Vital statistics of India. Vol. VI, European troops 1870-79
Year: 1870
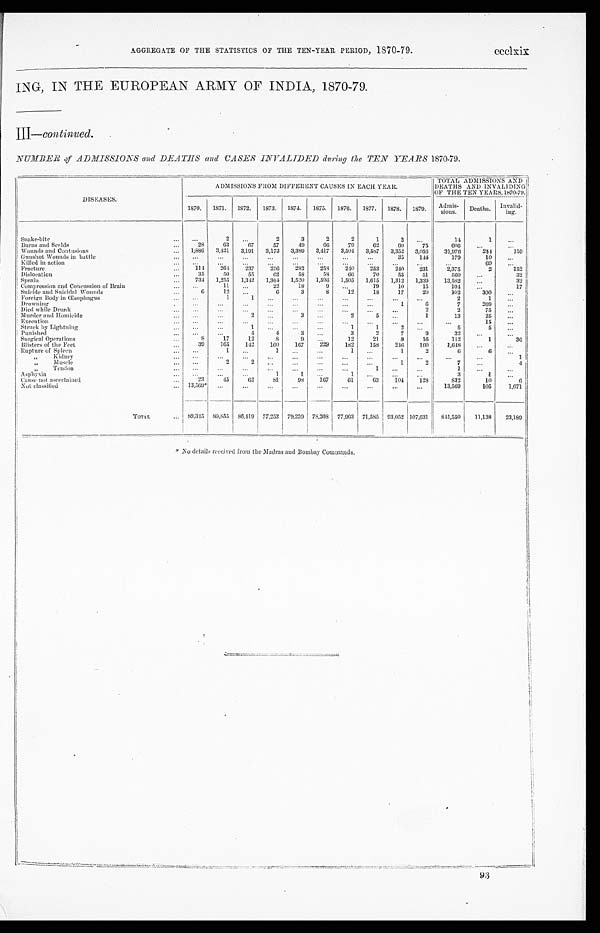
AGGREGATE OF THE STATISTICS OF THE TEN-YEAR PERIOD, 1870-79.
ccclxix
ING, IN THE EUROPEAN ARMY OF INDIA, 1870-79.
III— continued.
NUMBER of ADMISSIONS and DEATHS and CASES INVALIDED during the TEN YEARS 1870-79.
DISEASES.
ADMISSIONS FROM DIFFERENT CAUSES IN EACH YEAR.
TOTAL ADMISSIONS AND
DEATHS AND INVALIDING
OF THE TEN YEARS, 1870-79.
1870. 1871. 1872. 1873. 1874. 1875. 1876. 1877. 1878. 1879. Adm
i s - s i ons .
Deaths. Invalid-
ing.
Snake-bite
...
. . .
2
. . .
2
3
2
2
1
2 ...
14
1
...
Burns and Scalds
...
28
63
67
57
49
6 6
79
62
6 0
75
606
...
...
Wounds and Contusions
... 1,886 3,421 3,191 3,173 3,389 3,417 3,504 3,587 3,352 3,056
31,976
244
159
Gunshot Wounds in battle
. . .
. . . ...
. . . ...
...
...
. . . ...
35
144
179
10
. . .
Killed in action
...
. . . . . .
...
...
. . .
. . . . . .
. . .
. . .
. . .
. . .
69
. . .
Fracture
...
114 264 237
256
282
258
240
253
240 231
2,375
2
152
Dislocation
...
35
50
55
62
58
58
66
70
55
51
560
...
32
Sprain
...
734 1,255 1,342 1,364 1,520 1,596 1,505 1,615 1,312 1,339 13,582
...
32
Compression and Concussion of Brain
... ...
11
. . . 22
18
9
. . . 19
10
15
104 ...
17
Suicide and Suicidal Wounds
...
6
12
. . .
6
3
8
12
18
17
20
192
300
...
Foreign Body in Œsophagus
... ...
1
1
. . . ...
...
...
...
...
...
2
1
...
Drowning
. . . ...
...
...
...
. . .
. . . . . .
...
1
6
7
269
. . .
Died while Drunk
... ...
...
...
...
. . .
. . . . . .
. . .
...
2
2
75
. . .
Murder and Homicide
... ...
...
2 ...
3 ...
2
5 ...
1
13
25
...
Execution
... ...
...
...
...
. . .
. . . . . .
...
...
. . .
...
15
. . .
Struck by Lightning
... ...
. . . 1
. . . ... ...
1
1
2
. . .
5
5
...
Punished
...
. . . . . .
4
4 3
...
3
2
7
9
32
. . .
...
Surgical Operations
...
8
17
12
8 9
...
12
21
9
16
112
1
36
Blisters of the Feet
...
39
165
142
160
167
229
182
158
246 160
1,648
...
...
Rupture of Spleen
... ...
1 ...
1 ...
...
1 ...
1
2
6
6
...
„ K i d n e y
... ...
...
...
...
...
...
...
...
...
. . .
. . . ...
1
„ M u s c l e
... ...
2 2
. . . ...
...
...
. . .
1
2
7
. . .
4
„ Tendon
... ...
...
...
...
...
...
...
1 ...
...
1
...
...
Asphyxia
... ...
. . .
. . .
1 1
...
1
. . . ...
. . .
3
1
...
Cause not ascertained
...
2 3 45
62
8 1
98
167
61
63
104
128
832
10
6
Not classified
... 13,569*
. . .
. . . . . .
...
. . . ...
...
...
...
13,569
105
1,071
TOT
AL
... 89,315 80,855 86,419 77,253 79,239 78,208 77,963 71,585 93,052 107,631 841,550 11,138 23,189
* No details received from the Madras and Bombay Commands.
93